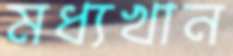
মধ্যখান